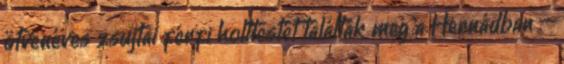
ötvenéves zsujtai férfi holttestét találták meg a Hernádban –